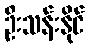
ဦးသန်းနိုင်